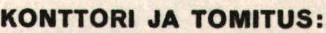
KONTTORI JA TOMITUS: